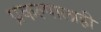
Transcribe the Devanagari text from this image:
प्रकल्पालाही